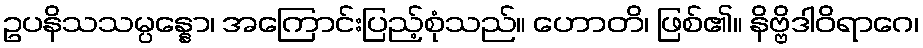
ဥပနိသသမ္ပန္နော၊ အကြောင်းပြည့်စုံသည်။ ဟောတိ၊ ဖြစ်၏။ နိဗ္ဗိဒါဝိရာဂေ၊